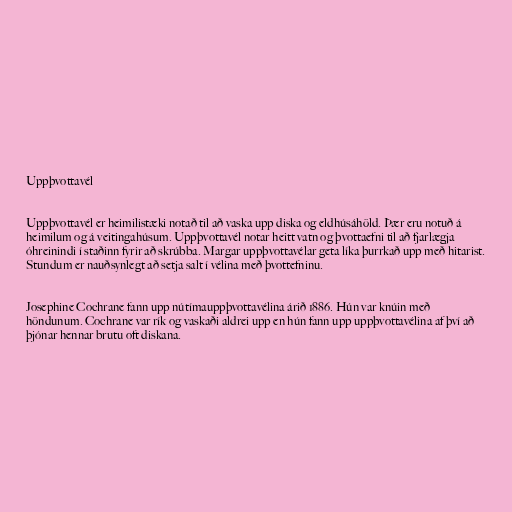
Uppþvottavél

Uppþvottavél er heimilistæki notað til að vaska upp diska og eldhúsáhöld. Þær eru notuð á
heimilum og á veitingahúsum. Uppþvottavél notar heitt vatn og þvottaefni til að fjarlægja
óhreinindi í staðinn fyrir að skrúbba. Margar uppþvottavélar geta líka þurrkað upp með hitarist.
Stundum er nauðsynlegt að setja salt í vélina með þvottefninu.

Josephine Cochrane fann upp nútímauppþvottavélina árið 1886. Hún var knúin með
höndunum. Cochrane var rík og vaskaði aldrei upp en hún fann upp uppþvottavélina af því að
þjónar hennar brutu oft diskana.